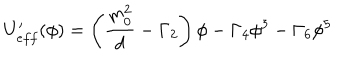
U _ { e f f } ^ { \prime } ( \phi ) = \left( \frac { m _ { 0 } ^ { 2 } } { d } - \Gamma _ { 2 } \right) \phi - \Gamma _ { 4 } \phi ^ { 3 } - \Gamma _ { 6 } \phi ^ { 5 }